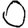
Digit: 0